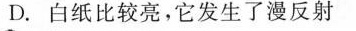
D.白纸比较亮，它发生了漫反射